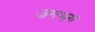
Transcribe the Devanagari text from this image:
जगभग